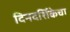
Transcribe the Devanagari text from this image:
दिनदर्शिकेचा